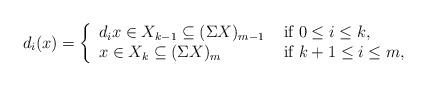
LaTeX: \begin{align*}d_i(x)=\left\{\begin{array}{lllll}d_ix\in X_{k-1}\subseteq (\Sigma X)_{m-1}&\mbox{ if }0\leq i\leq k,\\x\in X_{k}\subseteq (\Sigma X)_{m} &\mbox{ if }k+1\leq i \leq m,\end{array}\right.\end{align*}